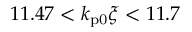
1 1 . 4 7 < k _ { \mathrm { p 0 } } \xi < 1 1 . 7